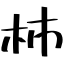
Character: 杮